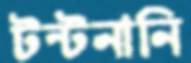
টন্‌টনানি